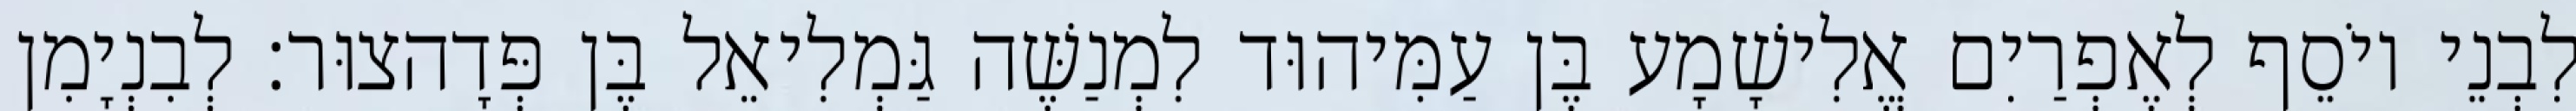
לִבְנֵי יוֹסֵף לְאֶפְרַיִם אֱלִישָׁמָע בֶּן עַמִּיהוּד לִמְנַשֶּׁה גַּמְלִיאֵל בֶּן פְּדָהצוּר׃ לְבִנְיָמִן